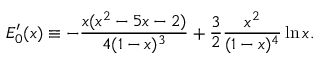
E _ { 0 } ^ { \prime } ( x ) \equiv - \frac { x ( x ^ { 2 } - 5 x - 2 ) } { 4 ( 1 - x ) ^ { 3 } } + \frac { 3 } { 2 } \frac { x ^ { 2 } } { ( 1 - x ) ^ { 4 } } \ln x .